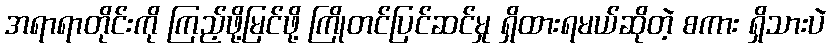
အရာရာတိုင်းကို ကြည့်ဖို့မြင်ဖို့ ကြိုတင်ပြင်ဆင်မှု ရှိထားရမယ်ဆိုတဲ့ စကား ရှိသားပဲ